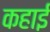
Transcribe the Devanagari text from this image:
कहाई